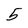
Character: 5